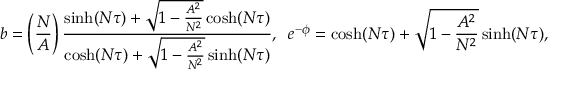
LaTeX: b = \left( \frac { N } { A } \right) \frac { \sinh ( N \tau ) + \sqrt { 1 - \frac { A ^ { 2 } } { N ^ { 2 } } } \cosh ( N \tau ) } { \cosh ( N \tau ) + \sqrt { 1 - \frac { A ^ { 2 } } { N ^ { 2 } } } \sinh ( N \tau ) } , \; \; e ^ { - \phi } = \cosh ( N \tau ) + \sqrt { 1 - \frac { A ^ { 2 } } { N ^ { 2 } } } \sinh ( N \tau ) ,